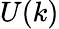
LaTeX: U(k)